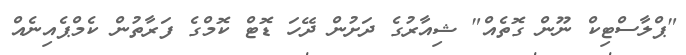
"ޕްލާސްޓިކް ނޫން ގޮތެއް" ޝިއާރުގެ ދަށުން ދޭހަ ޑޮޓް ކޮމްގެ ފަރާތުން ކެމްޕެއިނެއް